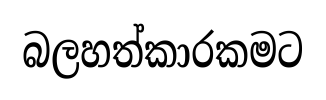
බලහත්කාරකමට